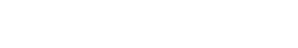
နောက်ပိုင်းမှာ ပိုပိုပြီး သတိထားမိပါတယ်။